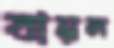
বান্নল